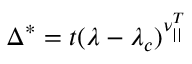
\Delta ^ { * } = t ( \lambda - \lambda _ { c } ) ^ { \nu _ { | | } ^ { T } }